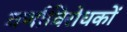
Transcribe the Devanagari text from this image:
वर्णाविरोधकों